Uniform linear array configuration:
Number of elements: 64
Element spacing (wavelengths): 0.75
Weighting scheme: exponential
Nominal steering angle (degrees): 60
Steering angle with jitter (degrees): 61.281
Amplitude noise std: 0.05
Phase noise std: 0.05

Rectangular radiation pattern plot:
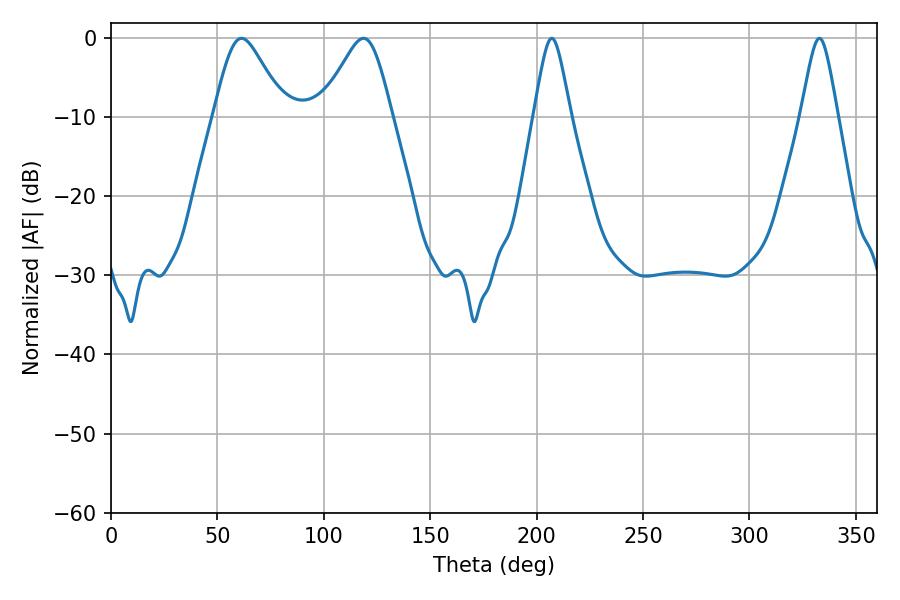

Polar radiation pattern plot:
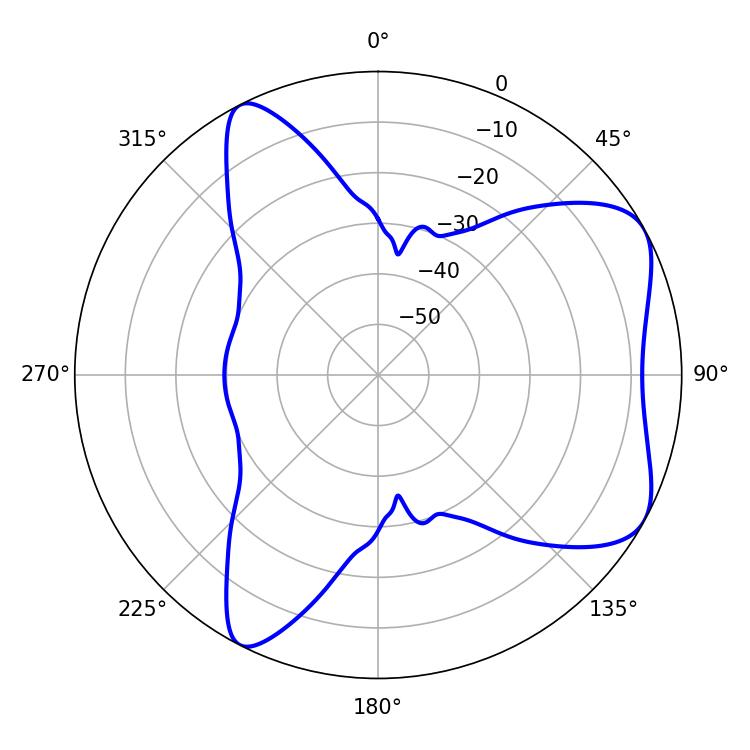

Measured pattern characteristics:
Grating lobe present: TRUE
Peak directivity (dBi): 6.299
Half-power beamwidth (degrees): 16.38
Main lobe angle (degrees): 61.38